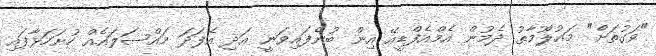
"ވަގުތަށް" މައުލޫމާތު ދެމުން އެމްއެފްޑީއޭ އިން ބުނެފައިވަނީ އަދި އެފަދަ މައްސަލައެއް ހުށަހަޅާފައި